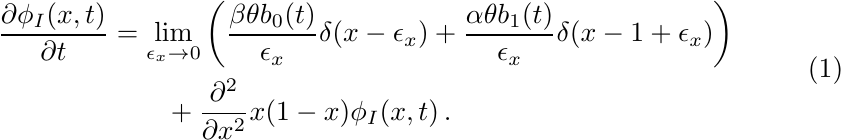
\begin{equation}\label{eq:boundary-mutation-drift_diffusion3}
\begin{split}
\frac{\partial\phi_I(x,t)}{\partial t}&=\lim_{\epsilon_x\to 0}\bigg(\frac{\beta\theta b_0(t)}{\epsilon_x}\delta(x-\epsilon_x)+\frac{\alpha\theta b_1(t)}{\epsilon_x}\delta(x-1+\epsilon_x)\bigg)\\
    &\qquad+\frac{\partial^2}{\partial x^2} x(1-x)\phi_I(x,t)\,.
\end{split}
\end{equation}